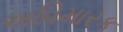
અવિમારક